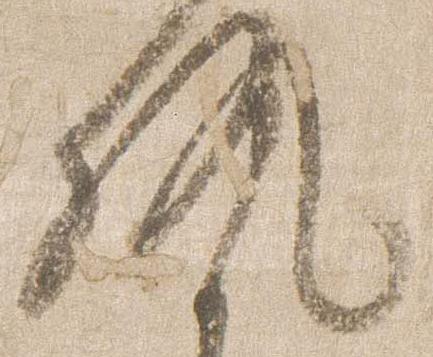
執